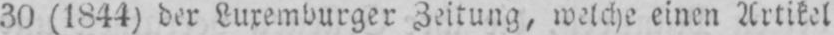
30 (1844) der Luxemburger Zeitung, welche einen Artikel